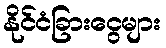
နိုင်ငံခြားငွေများ